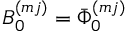
B _ { 0 } ^ { ( m j ) } = \bar { \Phi } _ { 0 } ^ { ( m j ) }